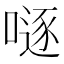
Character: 𠽖